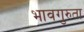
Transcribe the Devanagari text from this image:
भावगुरुता